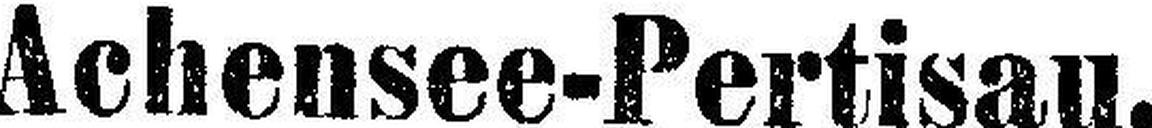
Achensee-Pertisau.